Annual statistical returns and brief notes on vaccination in Bengal - 1909-1929
Year: 1909
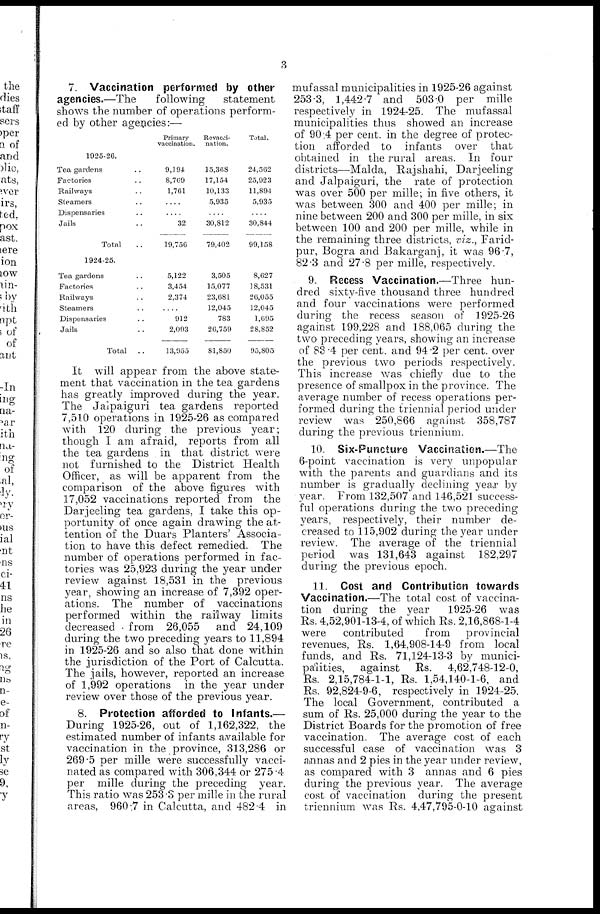
3
7. Vaccination performed by other
agencies.—The
following
statement
shows the number of operations perform-
ed by other agencies:—
1925-26.
Tea gardens ..
Factories ..
Railways ..
Steamers ..
Dispensaries ..
Jails .. ..
Total ..
Primary
vaccination.
9,194
8,769
1,761
....
....
32
19,756
Revacci-
nation.
15,368
17,154
10,133
5,935
....
30,812
79,402
Total.
24,562
25,923
11,894
5,935
....
30,844
99,158
1924-25.
Tea gardens ..
Factories ..
Railways ..
Steamers ..
Dispensaries ..
Jails ..
Total
..
5,122
3,454
2,374
..
912
2,093
13,955
3,505
15,077
23,681
12,045
783
26,759
81,850
8,627
18,531
26,055
12,045
1,695
28,852
95,805
It will appear from the above state-
ment that vaccination in the tea gardens
has greatly improved during the year.
The Jalpaiguri tea gardens reported
7,510 operations in 1925-26 as compared
with 120 during the previous year;
though I am afraid, reports from all
the tea gardens in that district were
not furnished to the District Health
Officer, as will be apparent from the
comparison of the above figures with
17,052 vaccinations reported from the
Darjeeling tea gardens, I take this op-
portunity of once again drawing the at-
tention of the Duars Planters' Associa-
tion to have this defect remedied. The
number of operations performed in fac-
tories was 25,923 during the year under
review against 18,531 in the previous
year, showing an increase of 7,392 oper-
ations. The number of vaccinations
performed within the railway limits
decreased from 26,055 and 24,109
during the two preceding years to 11,894
in 1925-26 and so also that done within
the jurisdiction of the Port of Calcutta.
The jails, however, reported an increase
of 1,992 operations in the year under
review over those of the previous year.
8. Protection afforded to Infants.—
During 1925-26, out of 1,162,322, the
estimated number of infants available for
vaccination in the province, 313,286 or
269.5 per mille were successfully vacci-
nated as compared with 306,344 or 275.4
per mille during the preceding year.
This ratio was 253.3 per mille in the rural
areas, 960.7 in Calcutta, and 482.4 in
mufassal municipalities in 1925-26 against
253.3, 1,442.7 and 503.0 per mille
respectively in 1924-25. The mufassal
municipalities thus showed an increase
of 90.4 per cent.in the degree of protec-
tion afforded to infants over that
obtained in the rural areas. In four
districts—Malda, Rajshahi, Darjeeling
and Jalpaiguri, the rate of protection
was over 500 per mille; in five others, it
was between 300 and 400 per mille; in
nine between 200 and 300 per mille, in six
between 100 and 200 per mille, while in
the remaining three districts, viz., Farid-
pur, Bogra and Bakarganj, it was 96.7,
82.3 and 27.8 per mille, respectively.
9. Recess Vaccination.—Three hun-
dred sixty-five thousand three hundred
and four vaccinations were performed
during the recess season of 1925-26
against 199,228 and 188,065 during the
two preceding years, showing an increase
of 83.4 per cent. and 94.2 per cent. over
the previous two periods respectively.
This increase was chiefly due to the
presence of smallpox in the province. The
average number of recess operations per-
formed during the triennial period under
review was 250,866 against 358,787
during the previous triennium.
10. Six-Puncture Vaccination.—The
6-point vaccination is very unpopular
with the parents and guardians and its
number is gradually declining year by
year. From 132,507 and 146,521 success-
ful operations during the two preceding
years, respectively, their number de-
creased to 115,902 during the year under
review. The average of the triennial
period was 131,643 against 182,297
during the previous epoch.
11. Cost and Contribution towards
Vaccination.—The total cost of vaccina-
tion during the year
1925-26 was
Rs. 4,52,901-13-4, of which Rs. 2,16,868-1-4
were
contributed
from
provincial
revenues, Rs. 1,64,908-14-9 from local
funds, and Rs. 71,124-13-3 by munici-
palities, against Rs. 4,62,748-12-0,
Rs. 2,15,784-1-1, Rs. 1,54,140-1-6, and
Rs. 92,824-9-6, respectively in 1924-25.
The local Government, contributed a
sum of Rs. 25,000 during the year to the
District Boards for the promotion of free
vaccination. The average cost of each
successful case of vaccination was 3
annas and 2 pies in the year under review,
as compared with 3 annas and 6 pies
during the previous year. The average
cost of vaccination during the present
triennium was Rs. 4,47,795-0-10 against